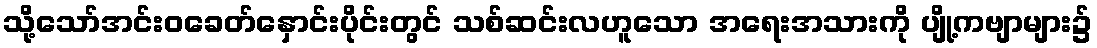
သို့သော်အင်းဝခေတ်နှောင်းပိုင်းတွင် သစ်ဆင်းလဟူသော အရေးအသားကို ပျို့ကဗျာများ၌